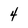
Character: 4